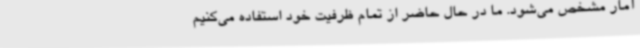
آمار مشخص می‌شود. ما در حال حاضر از تمام ظرفیت خود استفاده می‌کنیم